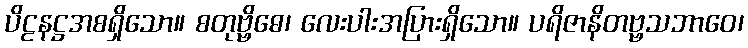
ပိဠနဋ္ဌအစရှိသော။ စတုဗ္ဗိဓေ၊ လေးပါးအပြားရှိသော။ ပရိဇာနိတဗ္ဗသဘာဝေ၊